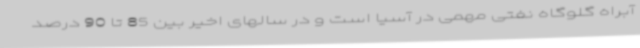
آبراه گلوگاه نفتی مهمی در آسیا است و در سالهای اخیر بین 85 تا 90 درصد